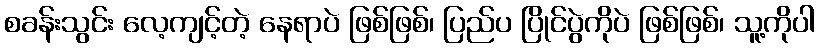
စခန်းသွင်း လေ့ကျင့်တဲ့ နေရာပဲ ဖြစ်ဖြစ်၊ ပြည်ပ ပြိုင်ပွဲကိုပဲ ဖြစ်ဖြစ်၊ သူ့ကိုပါ